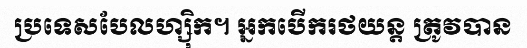
ប្រទេសបែលហ្ស៊ិក។ អ្នកបើករថយន្ត ត្រូវបាន